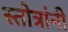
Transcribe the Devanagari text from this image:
स्तोत्रांनी